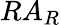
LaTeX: RA_{R}